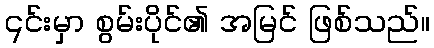
၎င်းမှာ စွမ်းပိုင်၏ အမြင် ဖြစ်သည်။